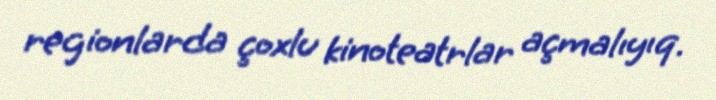
regionlarda çoxlu kinoteatrlar açmalıyıq.